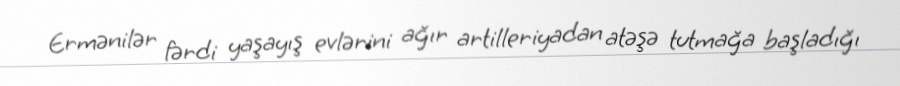
Ermənilər fərdi yaşayış evlərini ağır artilleriyadan atəşə tutmağa başladığı